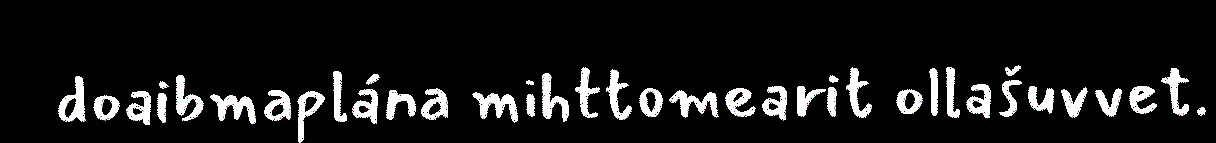
doaibmaplána mihttomearit ollašuvvet.